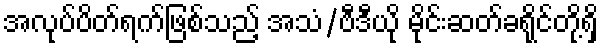
အလုပ်ပိတ်ရက်ဖြစ်သည့် အသံ/ဗီဒီယို မိုင်းဆတ်ခရိုင်တို့ရှိ